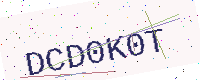
Text: DCD0K0T